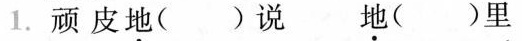
1.顽皮地( )说 地( )里